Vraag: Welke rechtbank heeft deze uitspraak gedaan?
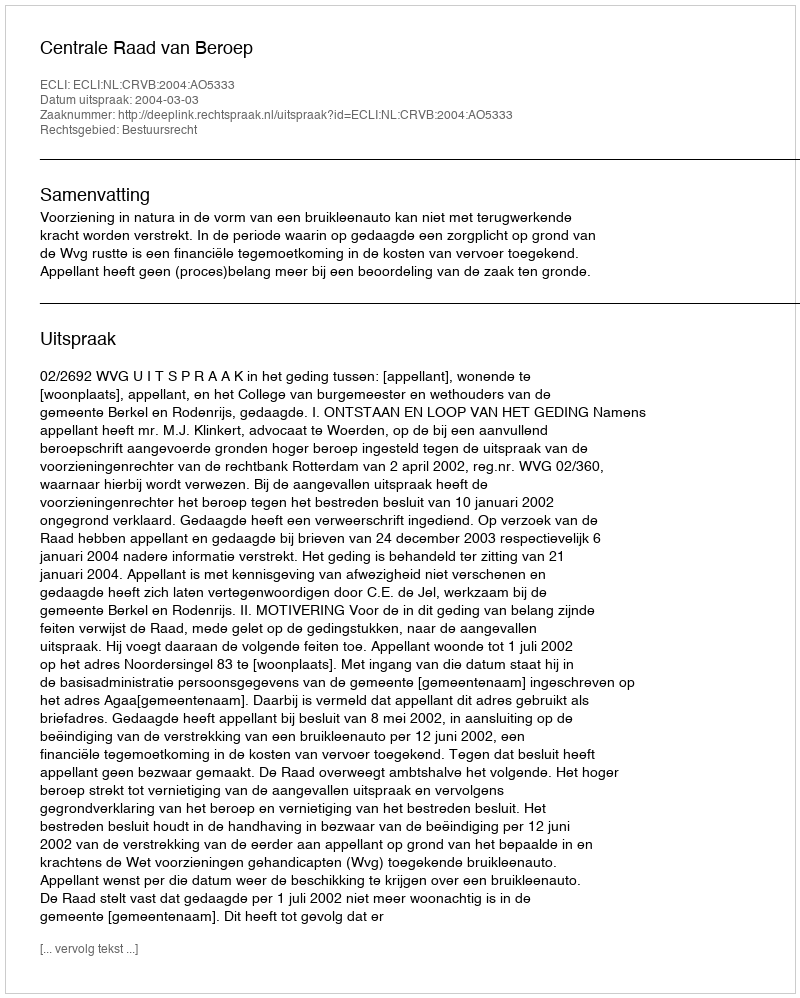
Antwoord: Centrale Raad van Beroep